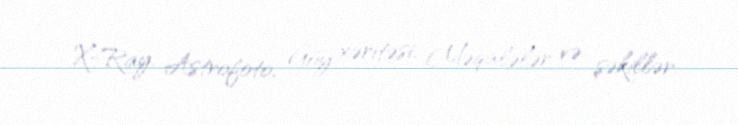
X-Ray, Astrofoto, Göy xəritəsi, Məqalələr və şəkillər.